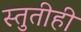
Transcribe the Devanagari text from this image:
स्तुतीही